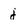
Character: j